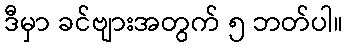
ဒီမှာ ခင်ဗျားအတွက် ၅ ဘတ်ပါ။